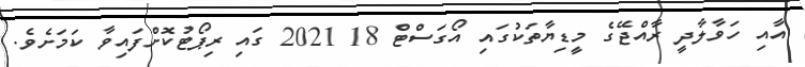
އާއި ހަވާލާދީ ރާއްޖޭގެ މީޑިޔާތަކުގައި އޯގަސްޓް 18 2021 ގައި ރިޕޯޓުކޮށްފައިވާ ކަމަށެވެ.